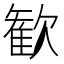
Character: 歓